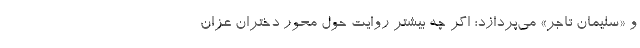
و «سليمان تاجر» مي‌پردازد؛ اگر چه بيشتر روايت حول محور دختران عزّان